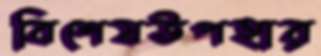
বিশেষউপহার